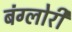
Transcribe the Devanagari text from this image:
बंग्लोरी